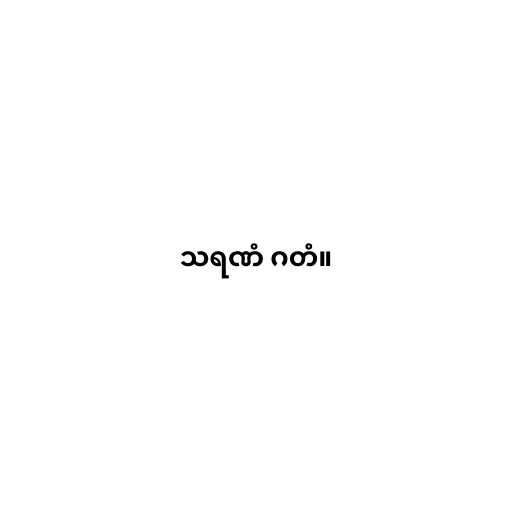
သရဏံ ဂတံ။